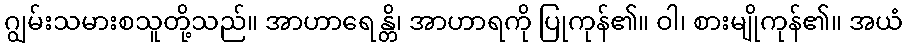
ဂျွမ်းသမားစသူတို့သည်။ အာဟာရေန္တိ၊ အာဟာရကို ပြုကုန်၏။ ဝါ၊ စားမျိုကုန်၏။ အယံ